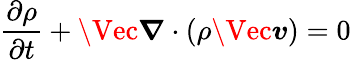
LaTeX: \frac{\partial\rho}{\partial t}+\Vec{\boldsymbol{\nabla}}\cdot(\rho\Vec{\boldsymbol{v}})=0